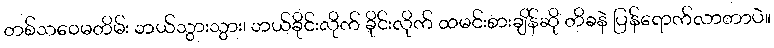
တစ်သဝေမတိမ်း ဘယ်သွားသွား၊ ဘယ်ခိုင်းလိုက် ခိုင်းလိုက် ထမင်းစားချိန်ဆို တိခနဲ ပြန်ရောက်လာတာပဲ။